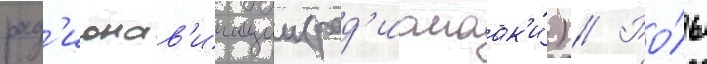
рад'ионав'игации (рад'иомаак'и́) // Ро́ль